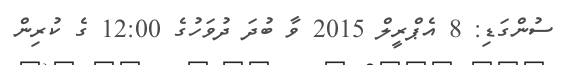
ސުންގަޑި: 8 އެޕްރީލް 2015 ވާ ބުދަ ދުވަހުގެ 12:00 ގެ ކުރިން